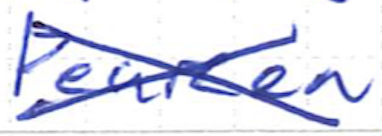
Text: Pearcea
Cross-out: cross
Writing tool: ballpoint